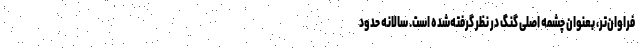
فراوان‌تر، بعنوان چشمه اصلی گنگ در نظر گرفته‌شده است. سالانه حدود